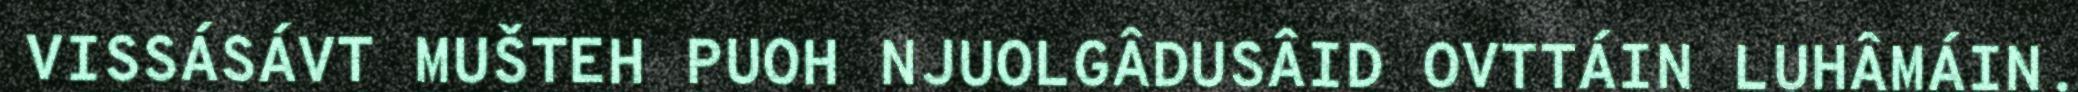
VISSÁSÁVT MUŠTEH PUOH NJUOLGÂDUSÂID OVTTÁIN LUHÂMÁIN.